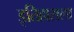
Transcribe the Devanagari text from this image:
इतिहासला